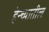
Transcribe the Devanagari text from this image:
हेन्च्यातील